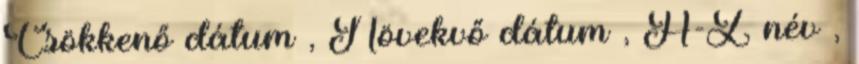
Csökkenő dátum , Növekvő dátum , A-Z név ,